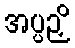
အပ္ပဉှိ